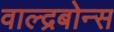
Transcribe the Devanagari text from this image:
वाल्द्रबोन्स